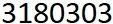
3180303